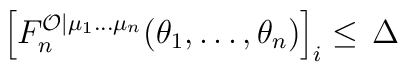
\left[ F_{n}^{\mathcal{O}|\mu _{1}\ldots \mu _{n}}(\theta _{1},\ldots,\theta _{n})\right] _{i}\leq \,\Delta